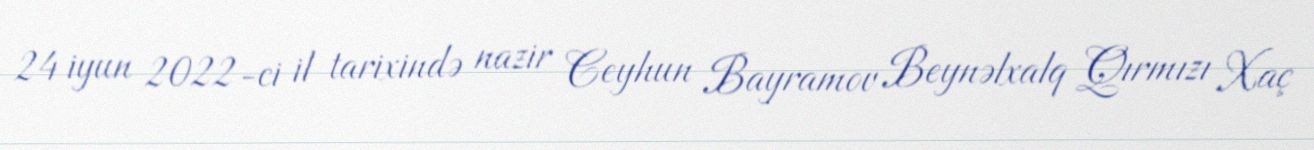
24 iyun 2022-ci il tarixində nazir Ceyhun Bayramov Beynəlxalq Qırmızı Xaç